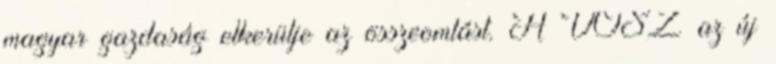
magyar gazdaság elkerülje az összeomlást. A VOSZ az új